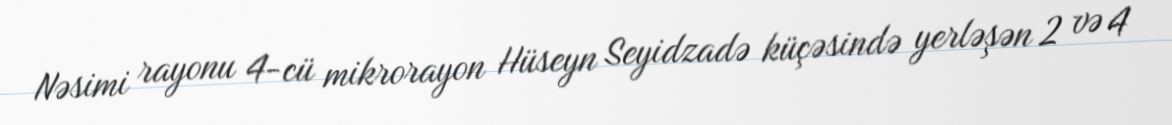
Nəsimi rayonu 4-cü mikrorayon Hüseyn Seyidzadə küçəsində yerləşən 2 və 4